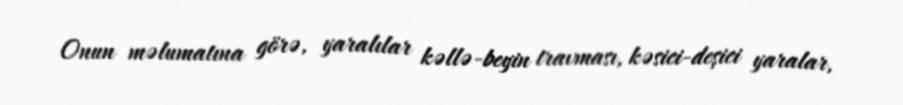
Onun məlumatına görə, yaralılar kəllə-beyin travması, kəsici-deşici yaralar,